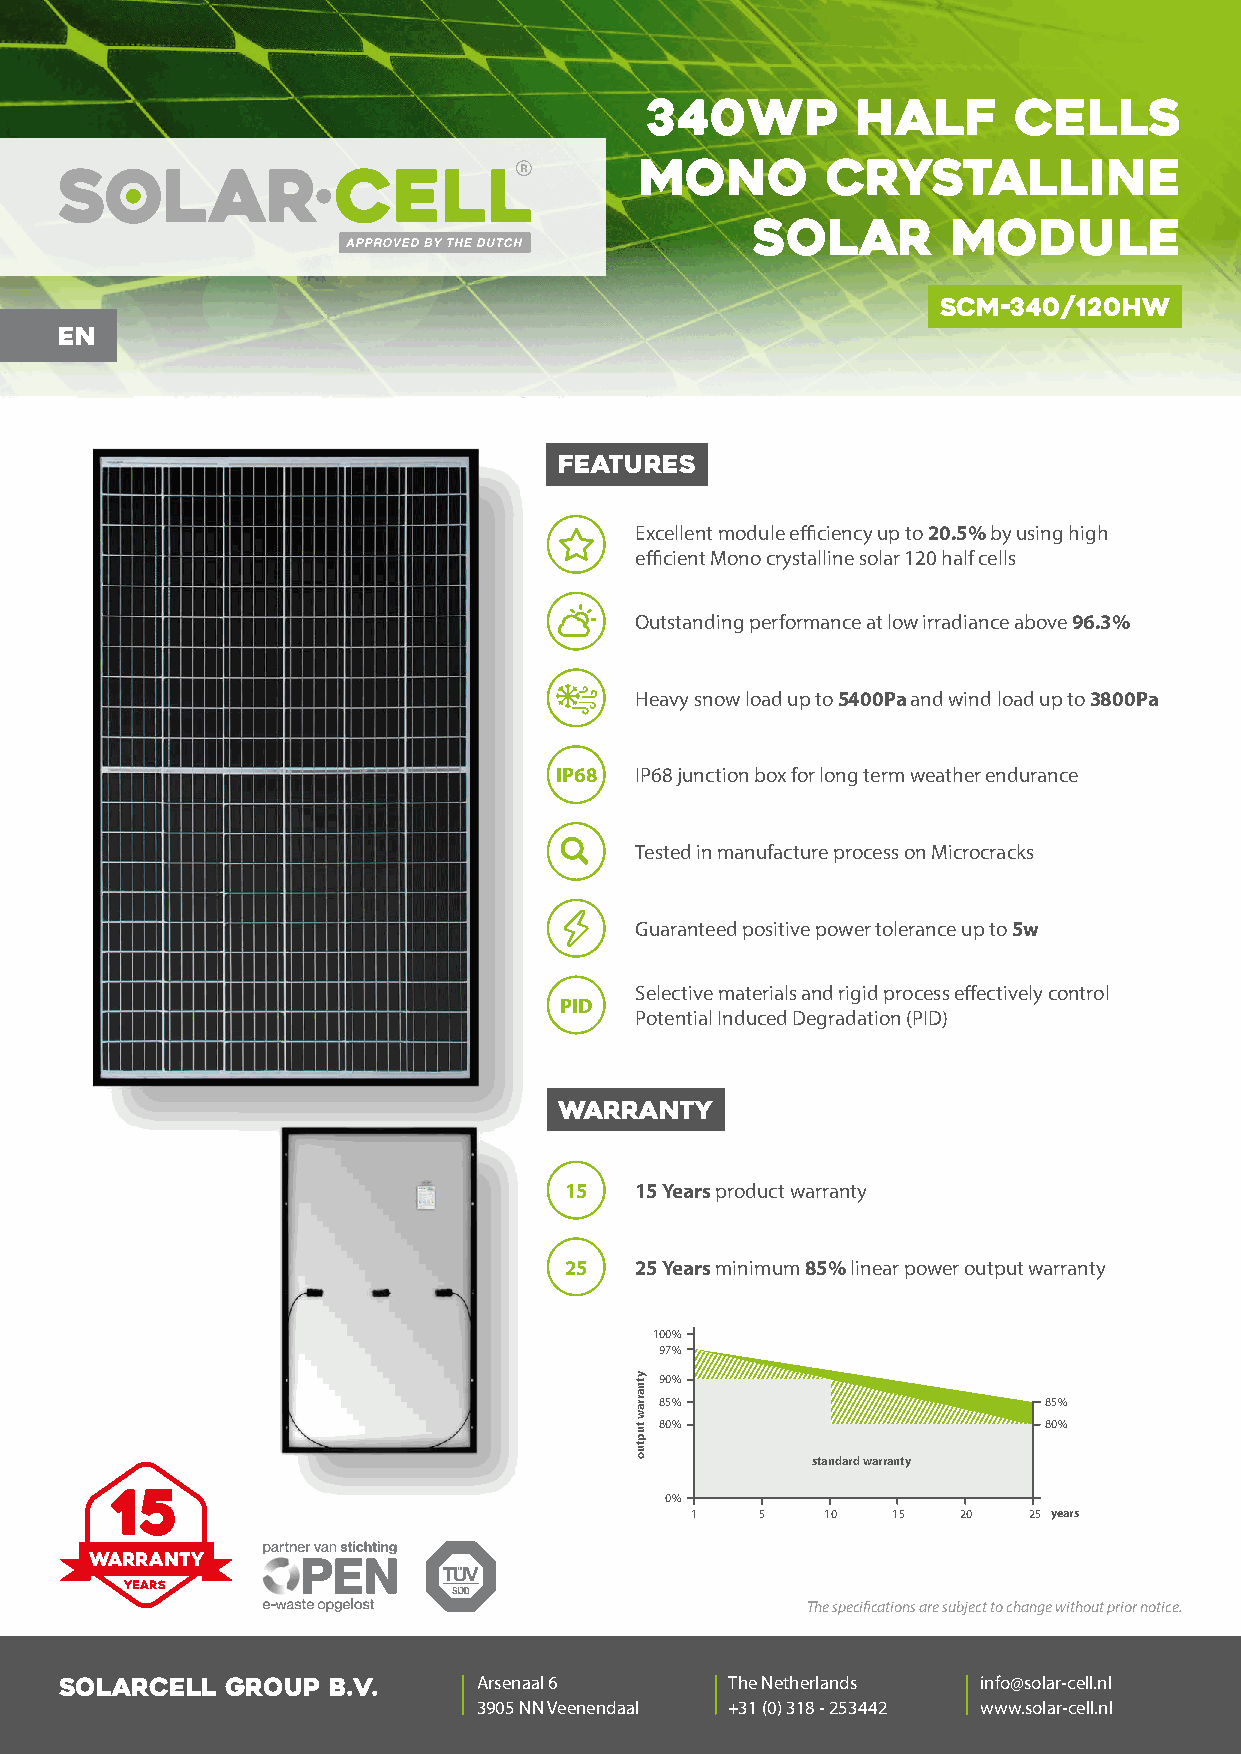
340wp         Half      CELLS
 Mono         crystalline
 Solar        Module
 SCM-340/120HW
 EN
 FEATURES
 Excellent module efficiency up to 20.5% by using high
 efficient Mono crystalline solar 120 half cells
 Outstanding performance at low irradiance above 96.3%
 Heavy snow load up to 5400Pa and wind load up to 3800Pa
 IP68 IP68 junction box for long term weather endurance
 Tested in manufacture process on Microcracks
 Guaranteed positive power tolerance up to 5w
 Selective materials and rigid process effectively control
 PID
 Potential Induced Degradation (PID)
 WARRANTY
 15   15 Years product warranty
 25   25 Years minimum 85% linear power output warranty
 100%
 97%
 90%
 85%                      85%
 80%                      80%
 standard warranty
 0%
 1   5    10  15   20  25 years
 WARRANTY
 YEARS
 The specifications are subject to change without prior notice.
 SOLARCELL  GROUP  B.V.      Arsenaal 6      The Netherlands  info@solar-cell.nl
 3905 NN Veenendaal +31 (0) 318 - 253442 www.solar-cell.nl
 ytnarraw
 tuptuo